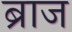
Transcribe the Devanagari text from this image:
ब्राज